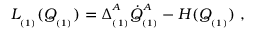
L _ { _ { ( 1 ) } } ( Q _ { _ { ( 1 ) } } ) = \Delta _ { _ { ( 1 ) } } ^ { ^ A } \dot { Q } _ { _ { ( 1 ) } } ^ { ^ A } - H ( Q _ { _ { ( 1 ) } } ) \; ,